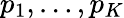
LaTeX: p_{1},\dots,p_{K}